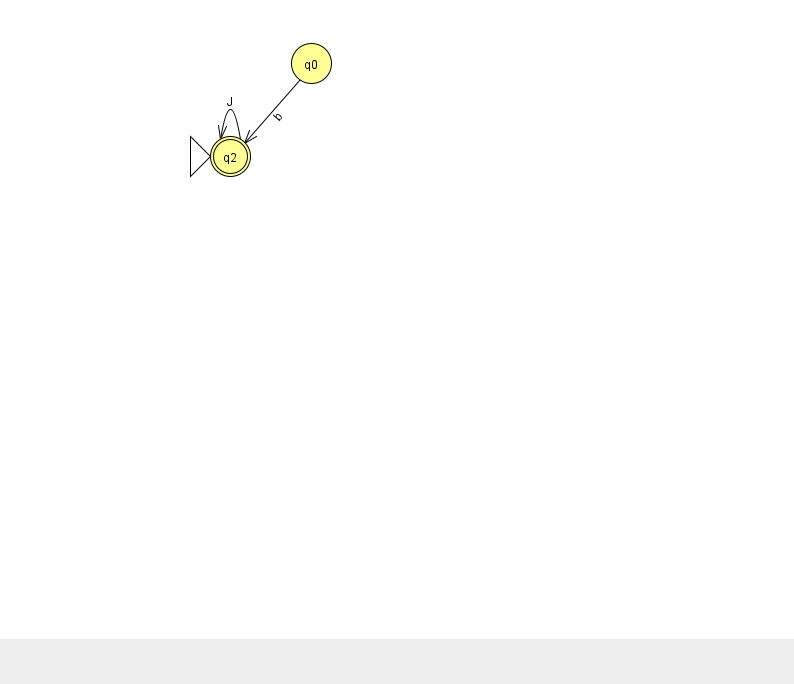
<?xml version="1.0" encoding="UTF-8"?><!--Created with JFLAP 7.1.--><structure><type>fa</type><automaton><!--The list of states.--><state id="0" name="q0"><x>311.0</x><y>50.0</y></state><state id="2" name="q2"><x>230.0</x><y>143.0</y><initial/><final/></state><!--The list of transitions.--><transition><from>0</from><to>2</to><read>b</read></transition><transition><from>2</from><to>2</to><read>J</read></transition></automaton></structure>